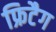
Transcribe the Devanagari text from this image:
फ्रिटैग